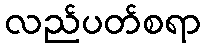
လည်ပတ်စရာ